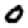
Digit: 0